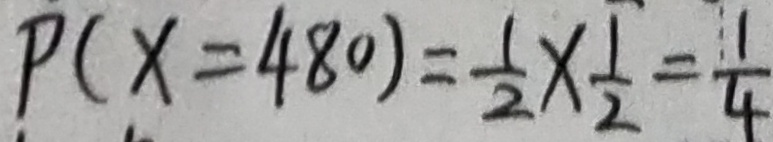
P ( x = 4 8 0 ) = \frac { 1 } { 2 } \times \frac { 1 } { 2 } = \frac { 1 } { 4 }